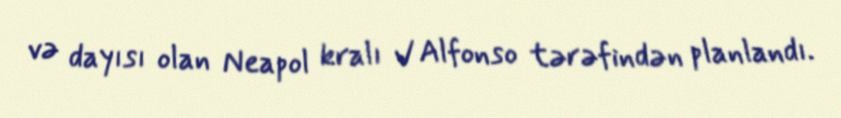
və dayısı olan Neapol kralı V Alfonso tərəfindən planlandı.